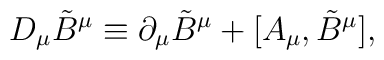
D_{\mu}\tilde{B}^{\mu} \equiv  \partial_{\mu}\tilde{B}^{\mu}+[A_{\mu}, \tilde{B}^{\mu}],